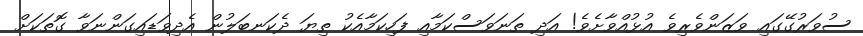
ސުވަރުގޭގައި ވަޒަންވެރިވެ އުޅުއްވާށެވެ! އަދި ތަނަވަސްކަމާއި ފަހިކަމާއެކު ތިޔަ ދެކަނބަލުން އެދިވަޑައިގަންނަވާ ގޮތަކަށް